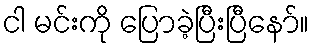
ငါ မင်းကို ပြောခဲ့ပြီးပြီနော်။